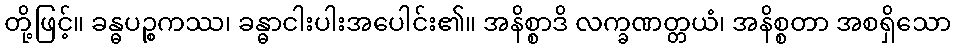
တို့ဖြင့်။ ခန္ဓပဉ္စကဿ၊ ခန္ဓာငါးပါးအပေါင်း၏။ အနိစ္စာဒိ လက္ခဏတ္တယံ၊ အနိစ္စတာ အစရှိသော